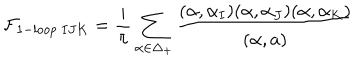
LaTeX: { \cal F } _ { 1 - l o o p \ I J K } = { \frac { i } { \pi } } \sum _ { \alpha \in \Delta _ { + } } { \frac { ( \alpha , \alpha _ { I } ) ( \alpha , \alpha _ { J } ) ( \alpha , \alpha _ { K } ) } { ( \alpha , a ) } }